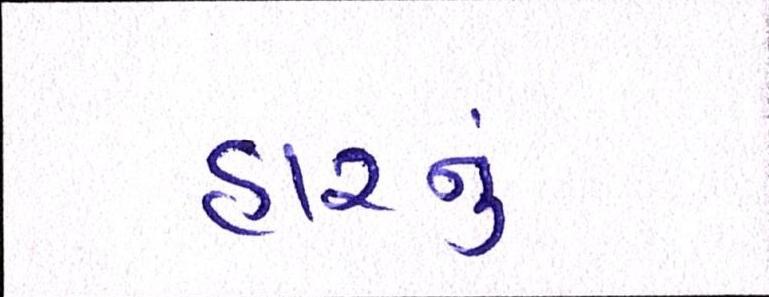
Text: હારનું